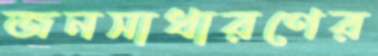
জনসাধারণের